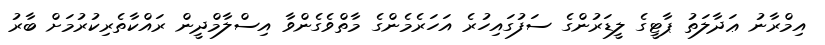
އިމްރާނު ޢަދާލަތު ޕާޓީގެ ލީޑަރުންގެ ސަފުގައިހުރެ އަހަރެމެންގެ މާތްވެގެންވާ އިސްލާމްދީން ރައްކާތެރިކުރުމަށް ބާރު